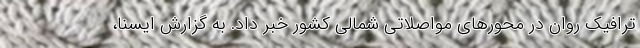
ترافیک روان در محورهای مواصلاتی شمالی کشور خبر داد. به گزارش ایسنا،